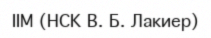
ІІМ (НСК В. Б. Лакиер)